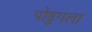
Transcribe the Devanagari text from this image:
पोंडुगला